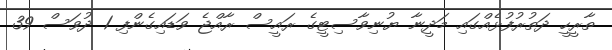
ތާރީހީ ދަތުރުފުޅެއްގައި މަދީނާ ޔުނިވާސިޓީގެ ރައީސް ރާއްޖެ ވަޑައިގެންފި 1 ދުވަސް 39